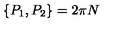
\{ P _ { 1 } , P _ { 2 } \} = 2 \pi N